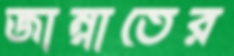
জান্নাতের